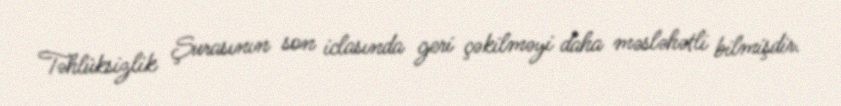
Təhlüksizlik Şurasının son iclasında geri çəkilməyi daha məsləhətli bilmişdir.